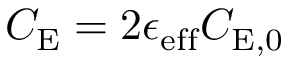
C _ { \mathrm { E } } = 2 \epsilon _ { \mathrm { e f f } } C _ { \mathrm { E } , 0 }